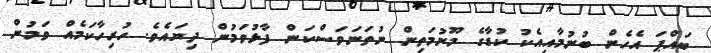
ބައްޕަ އެހެން ބުނުމާއިއެކު ކުޑާގެ މޫނުމަތިން ނުތަނަވަސްކަން ފާޅުވަމުން ދިޔައެވެ. ހުރިހާކަމެއް ވަމުން